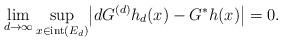
LaTeX: \begin{align*}\lim_{d\to\infty} \sup_{x \in\mathrm{int}(E_d)} \bigl|dG^{(d)}h_d(x) - G^* h(x) \bigr| = 0.\end{align*}